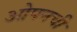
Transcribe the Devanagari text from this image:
ओपनची